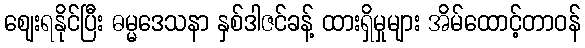
ဈေးရနိုင်ပြီး ဓမ္မဒေသနာ နှစ်ဒါဇင်ခန့် ထားရှိမှုများ အိမ်ထောင့်တာဝန်